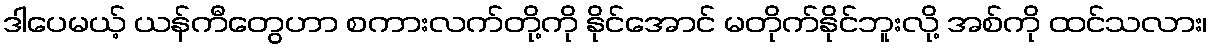
ဒါပေမယ့် ယန်ကီတွေဟာ စကားလက်တို့ကို နိုင်အောင် မတိုက်နိုင်ဘူးလို့ အစ်ကို ထင်သလား၊